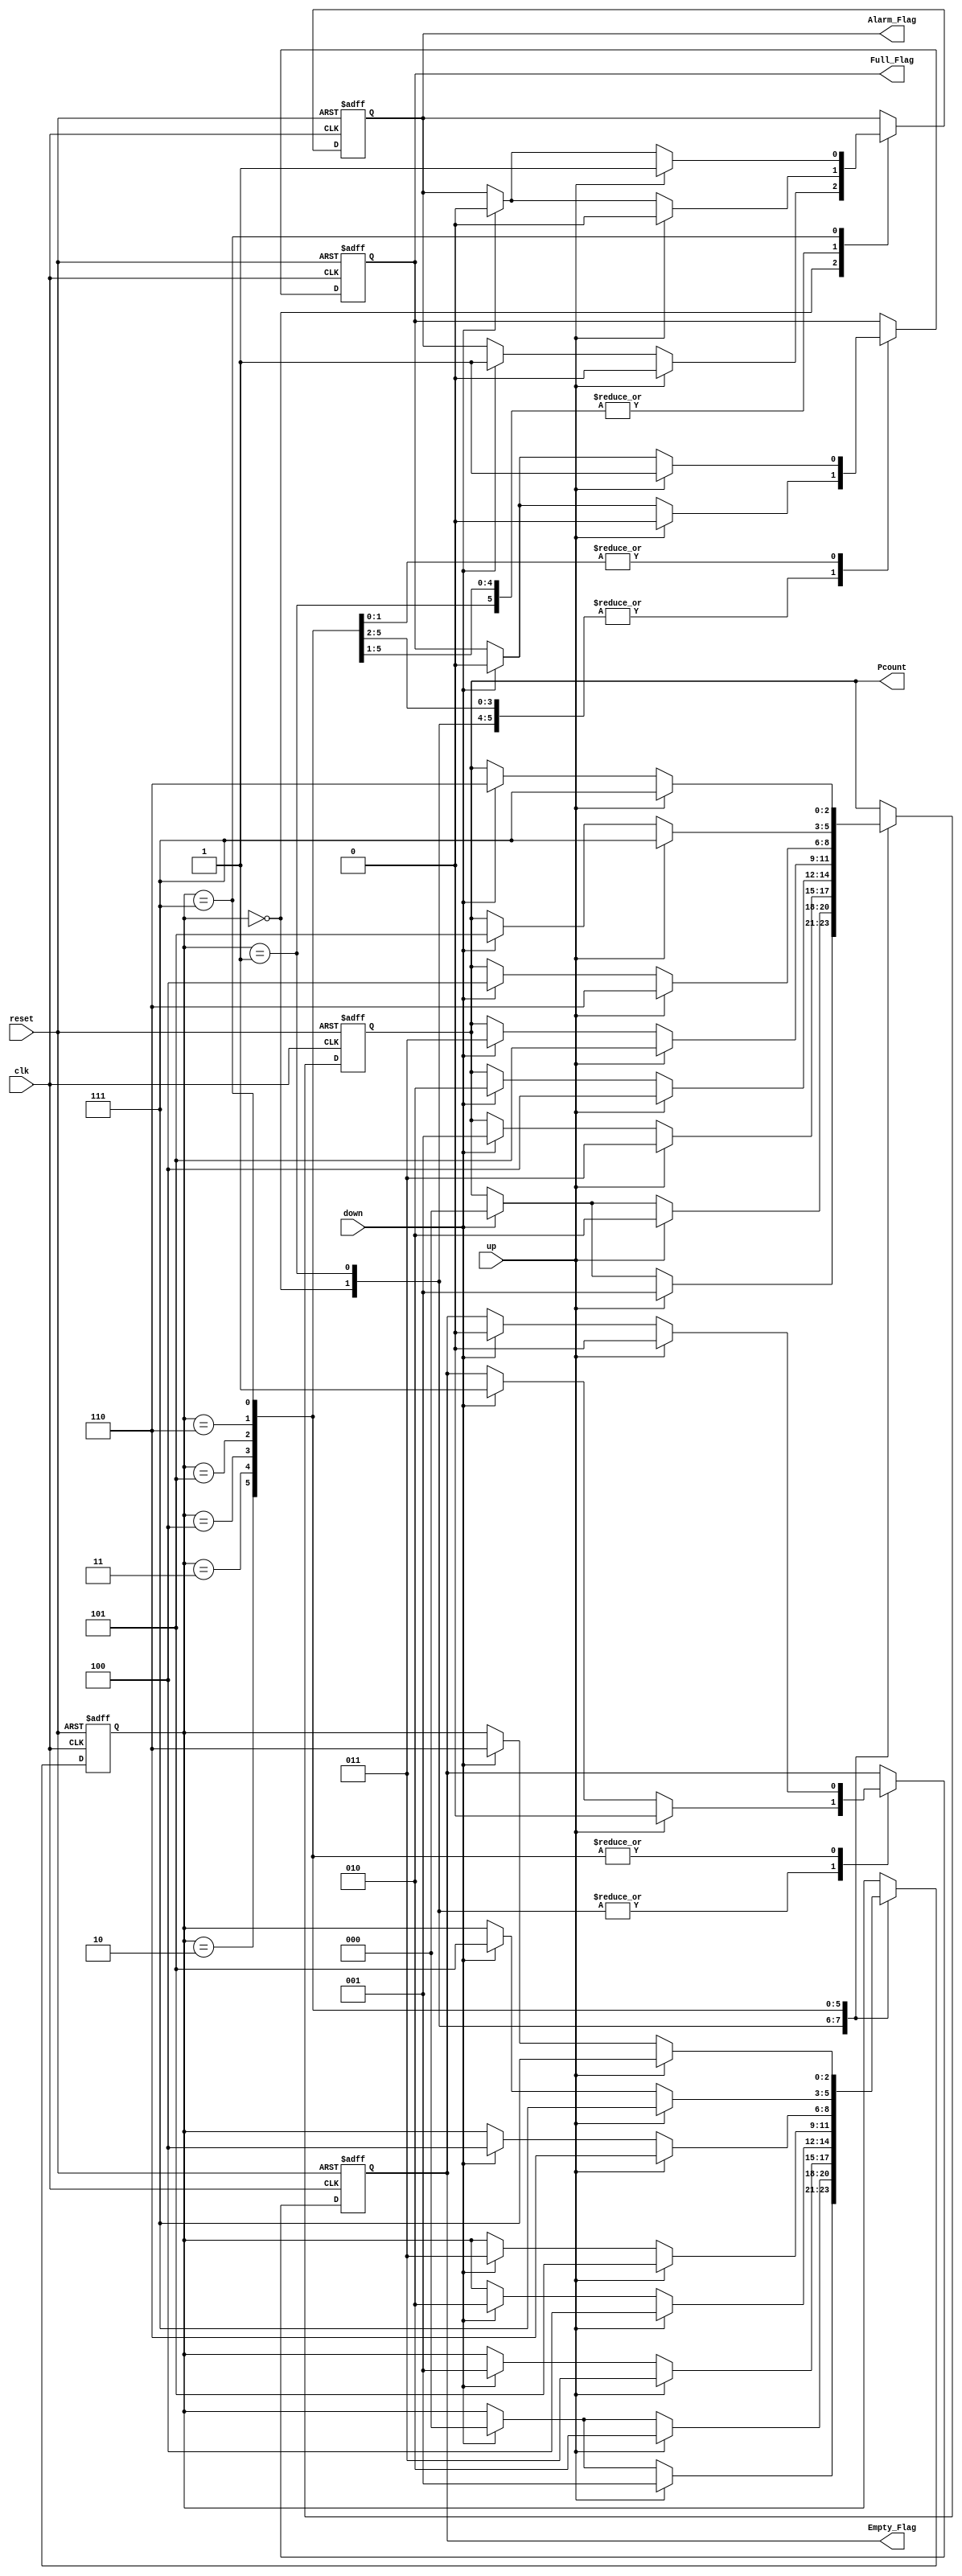
// --------------------------- Up Down Counter ------------------------------- //
module UpDown_Counter_FSM ( clk , reset , up , down ,Pcount , Full_Flag , Empty_Flag , Alarm_Flag ) ;
// -------------------------- Inputs Declarations ---------------------------- //
input clk , reset , up , down;
// ------------------------- Outputs Declarations ---------------------------- //
output [2:0] Pcount ;
output Full_Flag , Empty_Flag , Alarm_Flag ;
// ---------------------- Parameters Declarations ---------------------------- // 
parameter 
      S0 = 3'b000 , // initial state ( empty state )
		S1 = 3'b001 , 
		S2 = 3'b010 , 
		S3 = 3'b011 , 
      S4 = 3'b100 , 
      S5 = 3'b101 , 
      S6 = 3'b110 , 
      S7 = 3'b111 ; // last state ( full state )		 
// ---------------------------- Reg Declarations ----------------------------- //
reg [2:0] Pcount;
reg [2:0] State;
reg Full_Flag , Empty_Flag , Alarm_Flag ;
always @( posedge clk or posedge reset )
	begin

		 if( reset ) // reset the state to initial state and output to zeros
			 begin
				State <= S0 ;
				Pcount <= 3'b000 ;
				Full_Flag  <= 1'b0 ;
				Empty_Flag <= 1'b1 ;
				Alarm_Flag <= 1'b0 ;
			 end
		 else
		   begin
			   case(State) // state transitions  
				  
				  S0: // state 0
				      if( up )
				       begin
				        State <= S1 ;
				        Pcount <= 3'b001 ;
				        Full_Flag  <= 1'b0 ;
				        Empty_Flag <= 1'b0 ;
				        Alarm_Flag <= 1'b0 ;  
				       end
				      else if( down )
				       begin
				        State <= S0 ;
				        Pcount <= 3'b000 ;
				        Full_Flag  <= 1'b0 ;
				        Empty_Flag <= 1'b1 ;
				        Alarm_Flag <= 1'b1 ;  
				       end
				  
				  S1: // state 1
				      if( up )
				       begin
				        State <= S2 ;
				        Pcount <= 3'b010 ;
				        Full_Flag  <= 1'b0 ;
				        Empty_Flag <= 1'b0 ;
				        Alarm_Flag <= 1'b0 ;  
				       end
				      else if( down )
				       begin
				        State <= S0 ;
				        Pcount <= 3'b000 ;
				        Full_Flag  <= 1'b0 ;
				        Empty_Flag <= 1'b1 ;
				        Alarm_Flag <= 1'b0 ;  
				       end
				  
				  S2:  // state 2
				      if( up )
				       begin
				        State <= S3 ;
				        Pcount <= 3'b011 ;
				        Full_Flag  <= 1'b0 ;
				        Empty_Flag <= 1'b0 ;
				        Alarm_Flag <= 1'b0 ;  
				       end
				      else if( down )
				       begin
				        State <= S1 ;
				        Pcount <= 3'b001 ;
				        Full_Flag  <= 1'b0 ;
				        Empty_Flag <= 1'b0 ;
				        Alarm_Flag <= 1'b0 ;  
				       end
				      
				  S3: // state 3
				      if( up )
				       begin
				        State <= S4 ;
				        Pcount <= 3'b100 ;
				        Full_Flag  <= 1'b0 ;
				        Empty_Flag <= 1'b0 ;
				        Alarm_Flag <= 1'b0 ;  
				       end
				      else if( down )
				       begin
				        State <= S2 ;
				        Pcount <= 3'b010 ;
				        Full_Flag  <= 1'b0 ;
				        Empty_Flag <= 1'b0 ;
				        Alarm_Flag <= 1'b0 ;  
			         end
			    S4:  // state 4
			       if( up )
				      begin
				        State <= S5 ;
				        Pcount <= 3'b101 ;
				        Full_Flag  <= 1'b0 ;
				        Empty_Flag <= 1'b0 ;
				        Alarm_Flag <= 1'b0 ;  
				      end
				      else if( down )
				       begin
				        State <= S3 ;
				        Pcount <= 3'b011 ;
				        Full_Flag  <= 1'b0 ;
				        Empty_Flag <= 1'b0 ;
				        Alarm_Flag <= 1'b0 ;
				       end   
		    
		      S5:  // state 5  
			        if( up )
				       begin
				        State <= S6 ;
				        Pcount <= 3'b110 ;
				        Full_Flag  <= 1'b0 ;
				        Empty_Flag <= 1'b0 ;
				        Alarm_Flag <= 1'b0 ;  
				       end
				      else if( down )
				       begin
				        State <= S4 ;
				        Pcount <= 3'b100 ;
				        Full_Flag  <= 1'b0 ;
				        Empty_Flag <= 1'b0 ;
				        Alarm_Flag <= 1'b0 ; 
				       end 
		    
		      S6:   // state 6
			        if( up )
				       begin
				        State <= S7 ;
				        Pcount <= 3'b111 ;
				        Full_Flag  <= 1'b1 ;
				        Empty_Flag <= 1'b0 ;
				        Alarm_Flag <= 1'b0 ;  
				       end
				      else if( down )
				       begin
				        State <= S5 ;
				        Pcount <= 3'b101 ;
				        Full_Flag  <= 1'b0 ;
				        Empty_Flag <= 1'b0 ;
				        Alarm_Flag <= 1'b0 ;  
				       end
		    
		      S7:    // state 7
			        if( up )
				       begin
				        State <= S7 ;
				        Pcount <= 3'b111 ;
				        Full_Flag  <= 1'b1 ;
				        Empty_Flag <= 1'b0 ;
				        Alarm_Flag <= 1'b1 ;  
				       end
				      else if( down )
				       begin
				        State <= S6 ;
				        Pcount <= 3'b110 ;
				        Full_Flag  <= 1'b0 ;
				        Empty_Flag <= 1'b0 ;
				        Alarm_Flag <= 1'b0 ;  
				       end 
			endcase
		 end 
	end
// --------------------------------------------------------------------------- //
endmodule
// ----------------------------- End of File --------------------------------- //
// --------------------------------------------------------------------------- //
module UpDown_Counter_FSM_DUT();
  
reg CLK , reset , Up , Down ;
wire  [2:0]Pcount ;
wire  Full_Flag , Empty_Flag , Alarm_Flag ;   
 initial 
   begin
     reset<=1;
     #5 reset<=0;
     CLK<=0;
     Up<=0; Down<=0; #800; 
     Up<=1; Down<=0; #800; 
     Up<=0; Down<=1; #800; 
     Up<=1; Down<=1; #800; 
   end
 always 
  begin
    CLK=~CLK;#50;
  end
UpDown_Counter_FSM c( CLK , reset , Up , Down , Pcount , Full_Flag , Empty_Flag , Alarm_Flag ) ;
//UpDown_Counter_FSM ( CLK , reset , Up , Down , Pcount , Full_Flag , Empty_Flag , Alarm_Flag ) ;
endmodule